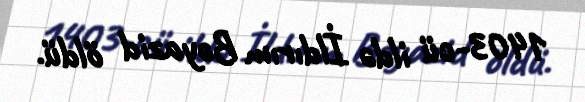
1403-cü ildə İldırım Bəyazid öldü.